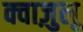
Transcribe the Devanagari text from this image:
क्वाज़ुलू